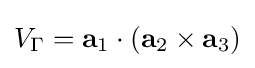
V_{\Gamma }=\mathbf {a} _{1}\cdot (\mathbf {a} _{2}\times \mathbf {a} _{3})